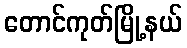
တောင်ကုတ်မြို့နယ်